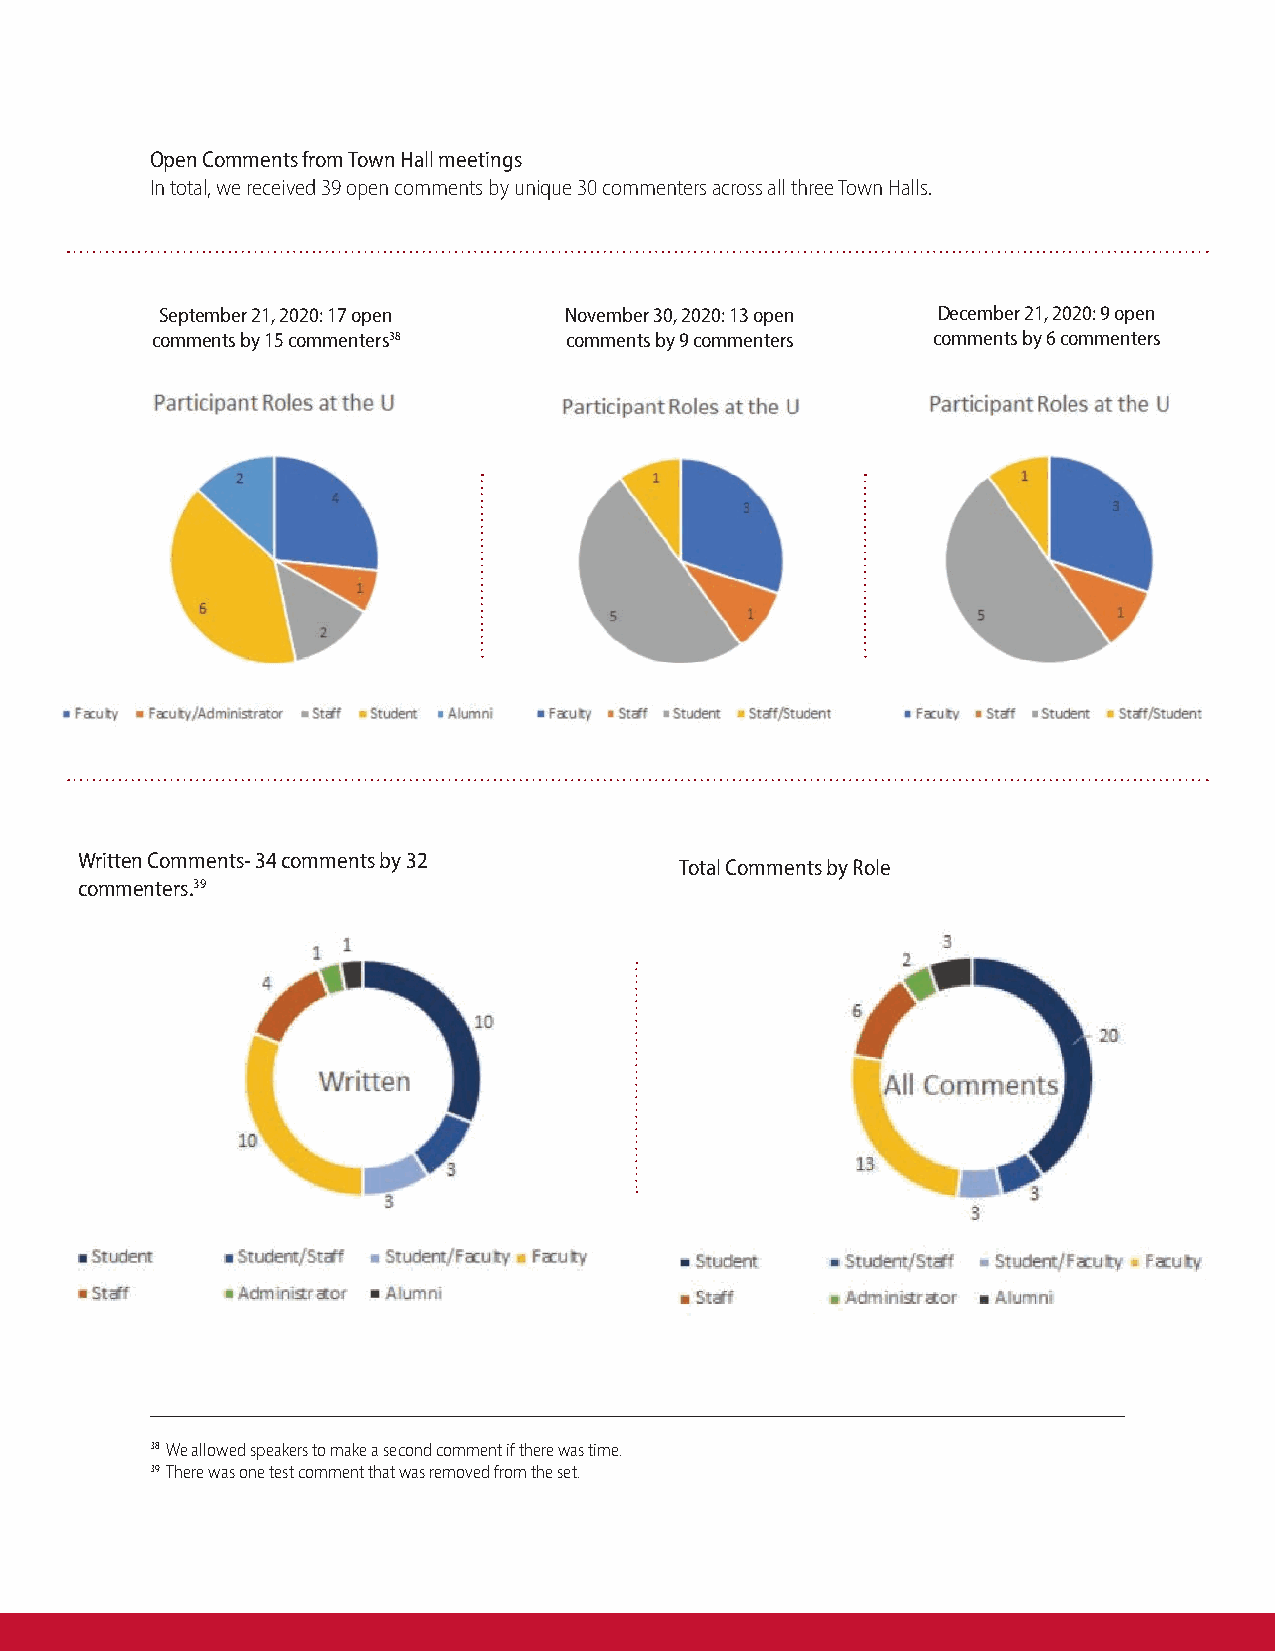
Open Comments from Town Hall meetings
 In total, we received 39 open comments by unique 30 commenters across all three Town Halls.
 September 21, 2020: 17 open November 30, 2020: 13 open December 21, 2020: 9 open
 comments by 15 commenters38 comments by 9 commenters comments by 6 commenters
 Written Comments- 34 comments by 32
 Total Comments by Role
 commenters.39
 38 We allowed speakers to make a second comment if there was time.
 39 There was one test comment that was removed from the set.